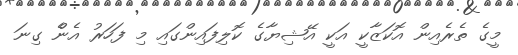
މީގެ ތެރެއިން އޮކަޒާކީ އަކީ އޭޝިޔާގެ ކޮލިފައިންގައި މި ފަހަރު އެންެ ގިނަ